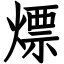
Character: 熛